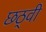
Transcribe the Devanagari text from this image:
छठ्वी